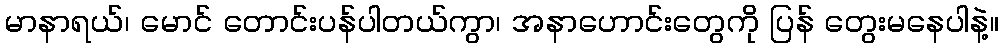
မာနာရယ်၊ မောင် တောင်းပန်ပါတယ်ကွာ၊ အနာဟောင်းတွေကို ပြန် တွေးမနေပါနဲ့။